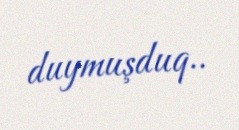
duymuşduq..